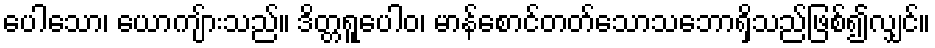
ပေါသော၊ ယောကျ်ားသည်။ ဒိတ္တရူပေါဝ၊ မာန်စောင်တတ်သောသဘောရှိသည်ဖြစ်၍လျှင်။